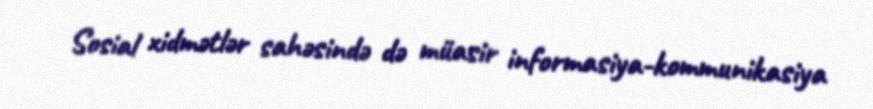
Sosial xidmətlər sahəsində də müasir informasiya-kommunikasiya